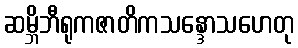
ဆမ္ဘိဘီရုကဇာတိကသန္ဒောသဟေတု